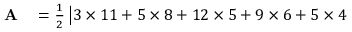
\begin{array} { r l } { \mathbf { A } } & { { } = { \frac { 1 } { 2 } } \, { \big | } 3 \times 1 1 + 5 \times 8 + 1 2 \times 5 + 9 \times 6 + 5 \times 4 } \end{array}